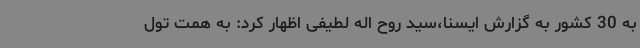
به 30 کشور به گزارش ایسنا،سید روح اله لطیفی اظهار کرد: به همت تول